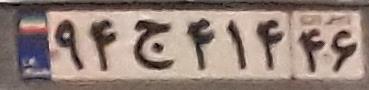
۹۴ج۴۱۴۴۶